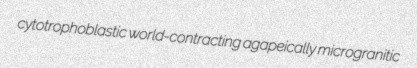
cytotrophoblastic world-contracting agapeically microgranitic